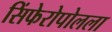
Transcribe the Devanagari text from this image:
सिंफेरोपोलला